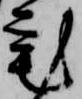
宅